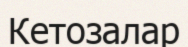
Кетозалар